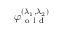
\varphi _ { \mathrm { ~ o ~ l ~ d ~ } } ^ { ( \lambda _ { 1 } , \lambda _ { 2 } ) }